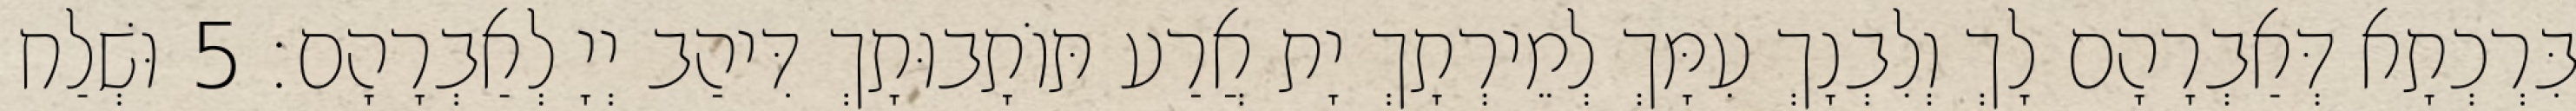
בִּרְכְתָא דְּאַבְרָהָם לָךְ וְלִבְנָךְ עִמָּךְ לְמֵירְתָךְ יָת אֲרַע תּוֹתָבוּתָךְ דִּיהַב יְיָ לְאַבְרָהָם׃ 5 וּשְׁלַח